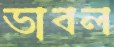
ভাবল